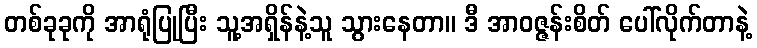
တစ်ခုခုကို အာရုံပြုပြီး သူ့အရှိန်နဲ့သူ သွားနေတာ။ ဒီ အာဝဇ္ဇန်းစိတ် ပေါ်လိုက်တာနဲ့